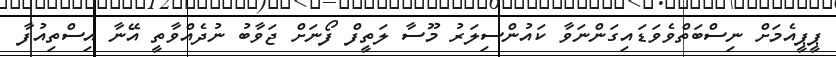
ޕީޕީއެމަށް ނިސްބަތްވެވަޑައިގަންނަވާ ކައުންސިލަރު މޫސާ ލަތީފް ފޯނަށް ޖަވާބު ނުދެއްވާތީ އޭނާ އިސްތިއުފާ